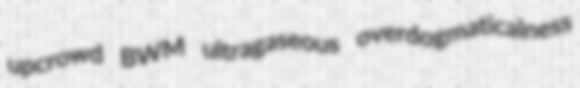
upcrowd BWM ultragaseous overdogmaticalness